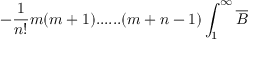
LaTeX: - \frac { 1 } { n ! } m ( m + 1 ) . . . . . . ( m + n - 1 ) \int _ { 1 } ^ { \infty } \overline { { { B } } }